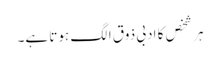
ہر شخص کا ادبی ذوق الگ ہوتا ہے۔